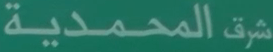
شرق المحمدية